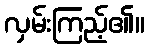
လှမ်းကြည့်၏။